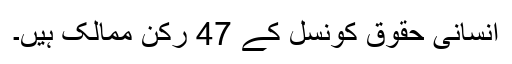
انسانی حقوق کونسل کے 47 رکن ممالک ہیں۔